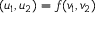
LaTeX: ( u _ { 1 } , u _ { 2 } ) = f ( v _ { 1 } , v _ { 2 } )